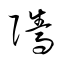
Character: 騭